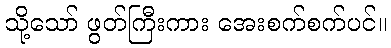
သို့သော် ဖွတ်ကြီးကား အေးစက်စက်ပင်။